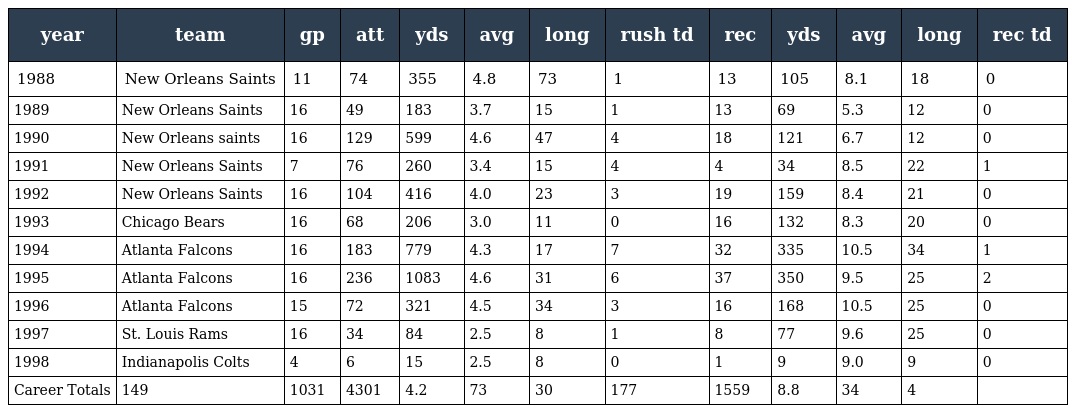
| year | team | gp | att | yds | avg | long | rush td | rec | yds | avg | long | rec td |
 | --- | --- | --- | --- | --- | --- | --- | --- | --- | --- | --- | --- | --- |
 | 1988 | New Orleans Saints | 11 | 74 | 355 | 4.8 | 73 | 1 | 13 | 105 | 8.1 | 18 | 0 |
 | 1989 | New Orleans Saints | 16 | 49 | 183 | 3.7 | 15 | 1 | 13 | 69 | 5.3 | 12 | 0 |
 | 1990 | New Orleans saints | 16 | 129 | 599 | 4.6 | 47 | 4 | 18 | 121 | 6.7 | 12 | 0 |
 | 1991 | New Orleans Saints | 7 | 76 | 260 | 3.4 | 15 | 4 | 4 | 34 | 8.5 | 22 | 1 |
 | 1992 | New Orleans Saints | 16 | 104 | 416 | 4.0 | 23 | 3 | 19 | 159 | 8.4 | 21 | 0 |
 | 1993 | Chicago Bears | 16 | 68 | 206 | 3.0 | 11 | 0 | 16 | 132 | 8.3 | 20 | 0 |
 | 1994 | Atlanta Falcons | 16 | 183 | 779 | 4.3 | 17 | 7 | 32 | 335 | 10.5 | 34 | 1 |
 | 1995 | Atlanta Falcons | 16 | 236 | 1083 | 4.6 | 31 | 6 | 37 | 350 | 9.5 | 25 | 2 |
 | 1996 | Atlanta Falcons | 15 | 72 | 321 | 4.5 | 34 | 3 | 16 | 168 | 10.5 | 25 | 0 |
 | 1997 | St. Louis Rams | 16 | 34 | 84 | 2.5 | 8 | 1 | 8 | 77 | 9.6 | 25 | 0 |
 | 1998 | Indianapolis Colts | 4 | 6 | 15 | 2.5 | 8 | 0 | 1 | 9 | 9.0 | 9 | 0 |
 | Career Totals | 149 | 1031 | 4301 | 4.2 | 73 | 30 | 177 | 1559 | 8.8 | 34 | 4 |  |